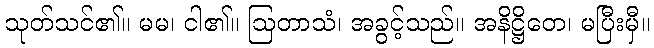
သုတ်သင်၏။ မမ၊ ငါ၏။ ဩတာသံ၊ အခွင့်သည်။ အနိဋ္ဌိတေ၊ မပြီးမှီ။